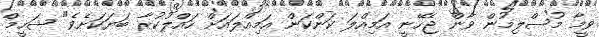
ވީމާ މުސްލިމުން ވާން ޖެހޭނީ އަމިއްލަ ކަންކަން އަމިއްލައަށް ހައްލުކުރާ ބަޔަކަށެވެ" ޝަހީމް